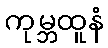
ကုမ္ဘထူနံ